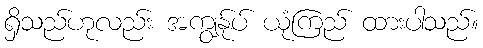
ရှိသည်ဟုလည်း အကျွန်ုပ် ယုံကြည် ထားပါသည်။